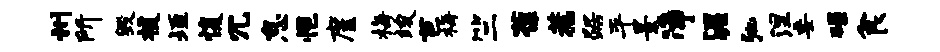
州所毁援垣愎冗怠悒廑梅竣芭梅竺葆惹踞平景净渥弛涅委碌食